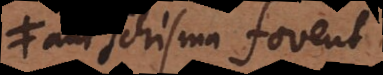
aut schisma fovent